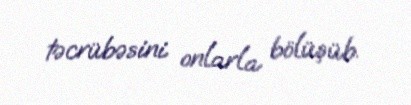
təcrübəsini onlarla bölüşüb.